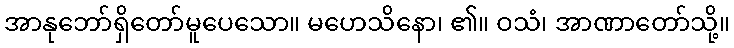
အာနုဘော်ရှိတော်မူပေသော။ မဟေသိနော၊ ၏။ ဝသံ၊ အာဏာတော်သို့။